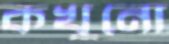
কখুনো